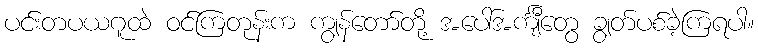
ပင်းတပယဂူထဲ ဝင်ကြတုန်းက ကျွန်တော်တို့ အပေါ်အင်္ကျီတွေ ချွတ်ပစ်ခဲ့ကြရပါ။